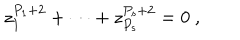
LaTeX: z _ { 1 } ^ { P _ { 1 } + 2 } + \dots + z _ { P _ { s } } ^ { P _ { s } + 2 } = 0 ~ ,